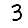
Digit: 3